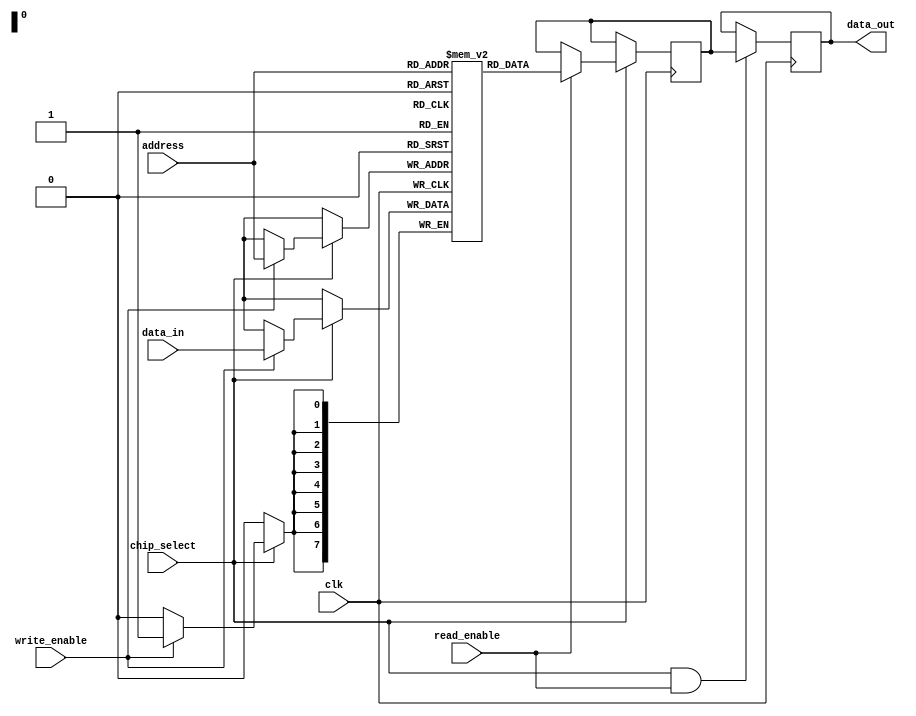
module mram_io_block #(
    parameter DATA_WIDTH = 8,      // Width of data bus
    parameter ADDRESS_WIDTH = 8     // Width of address bus
)(
    input wire clk,                 // Clock signal
    input wire chip_select,         // Chip select signal
    input wire read_enable,         // Read enable signal
    input wire write_enable,        // Write enable signal
    input wire [ADDRESS_WIDTH-1:0] address, // Address bus
    input wire [DATA_WIDTH-1:0] data_in,    // Data input bus
    output reg [DATA_WIDTH-1:0] data_out     // Data output bus
);

    // Memory array declaration
    reg [DATA_WIDTH-1:0] mram_memory [(2**ADDRESS_WIDTH)-1:0];

    // Internal signal for data latch
    reg [DATA_WIDTH-1:0] data_latch;

    // Control logic for read and write operations
    always @(posedge clk) begin
        if (chip_select) begin
            if (write_enable) begin
                // Write operation
                mram_memory[address] <= data_in; // Write data to memory
            end
            if (read_enable) begin
                // Read operation
                data_latch <= mram_memory[address]; // Read data from memory
            end
        end
    end

    // Output data
    always @(posedge clk) begin
        if (chip_select && read_enable) begin
            data_out <= data_latch; // Drive output data
        end
    end

    // Power management and error detection can be added here
    // For example, adding a simple parity check
    // Note: This is a placeholder for actual implementation
    // reg parity_bit;

    // Additional configuration options can be added as parameters

endmodule